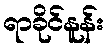
ရာခိုင်နူန်း